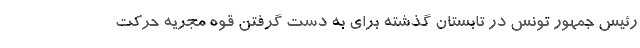
رئیس جمهور تونس در تابستان گذشته برای به دست گرفتن قوه مجریه حرکت